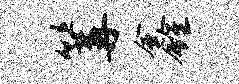
篝鑫